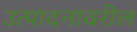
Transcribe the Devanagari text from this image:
उत्पादनावरील